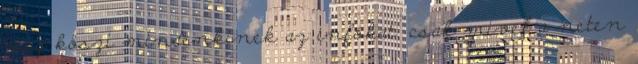
meg köszi mindenkinek az infókat. csak mivel a neten